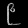
Digit: ၉